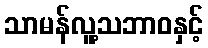
သာမန်လူ့သဘာဝနှင့်